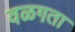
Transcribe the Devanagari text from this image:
वळगता